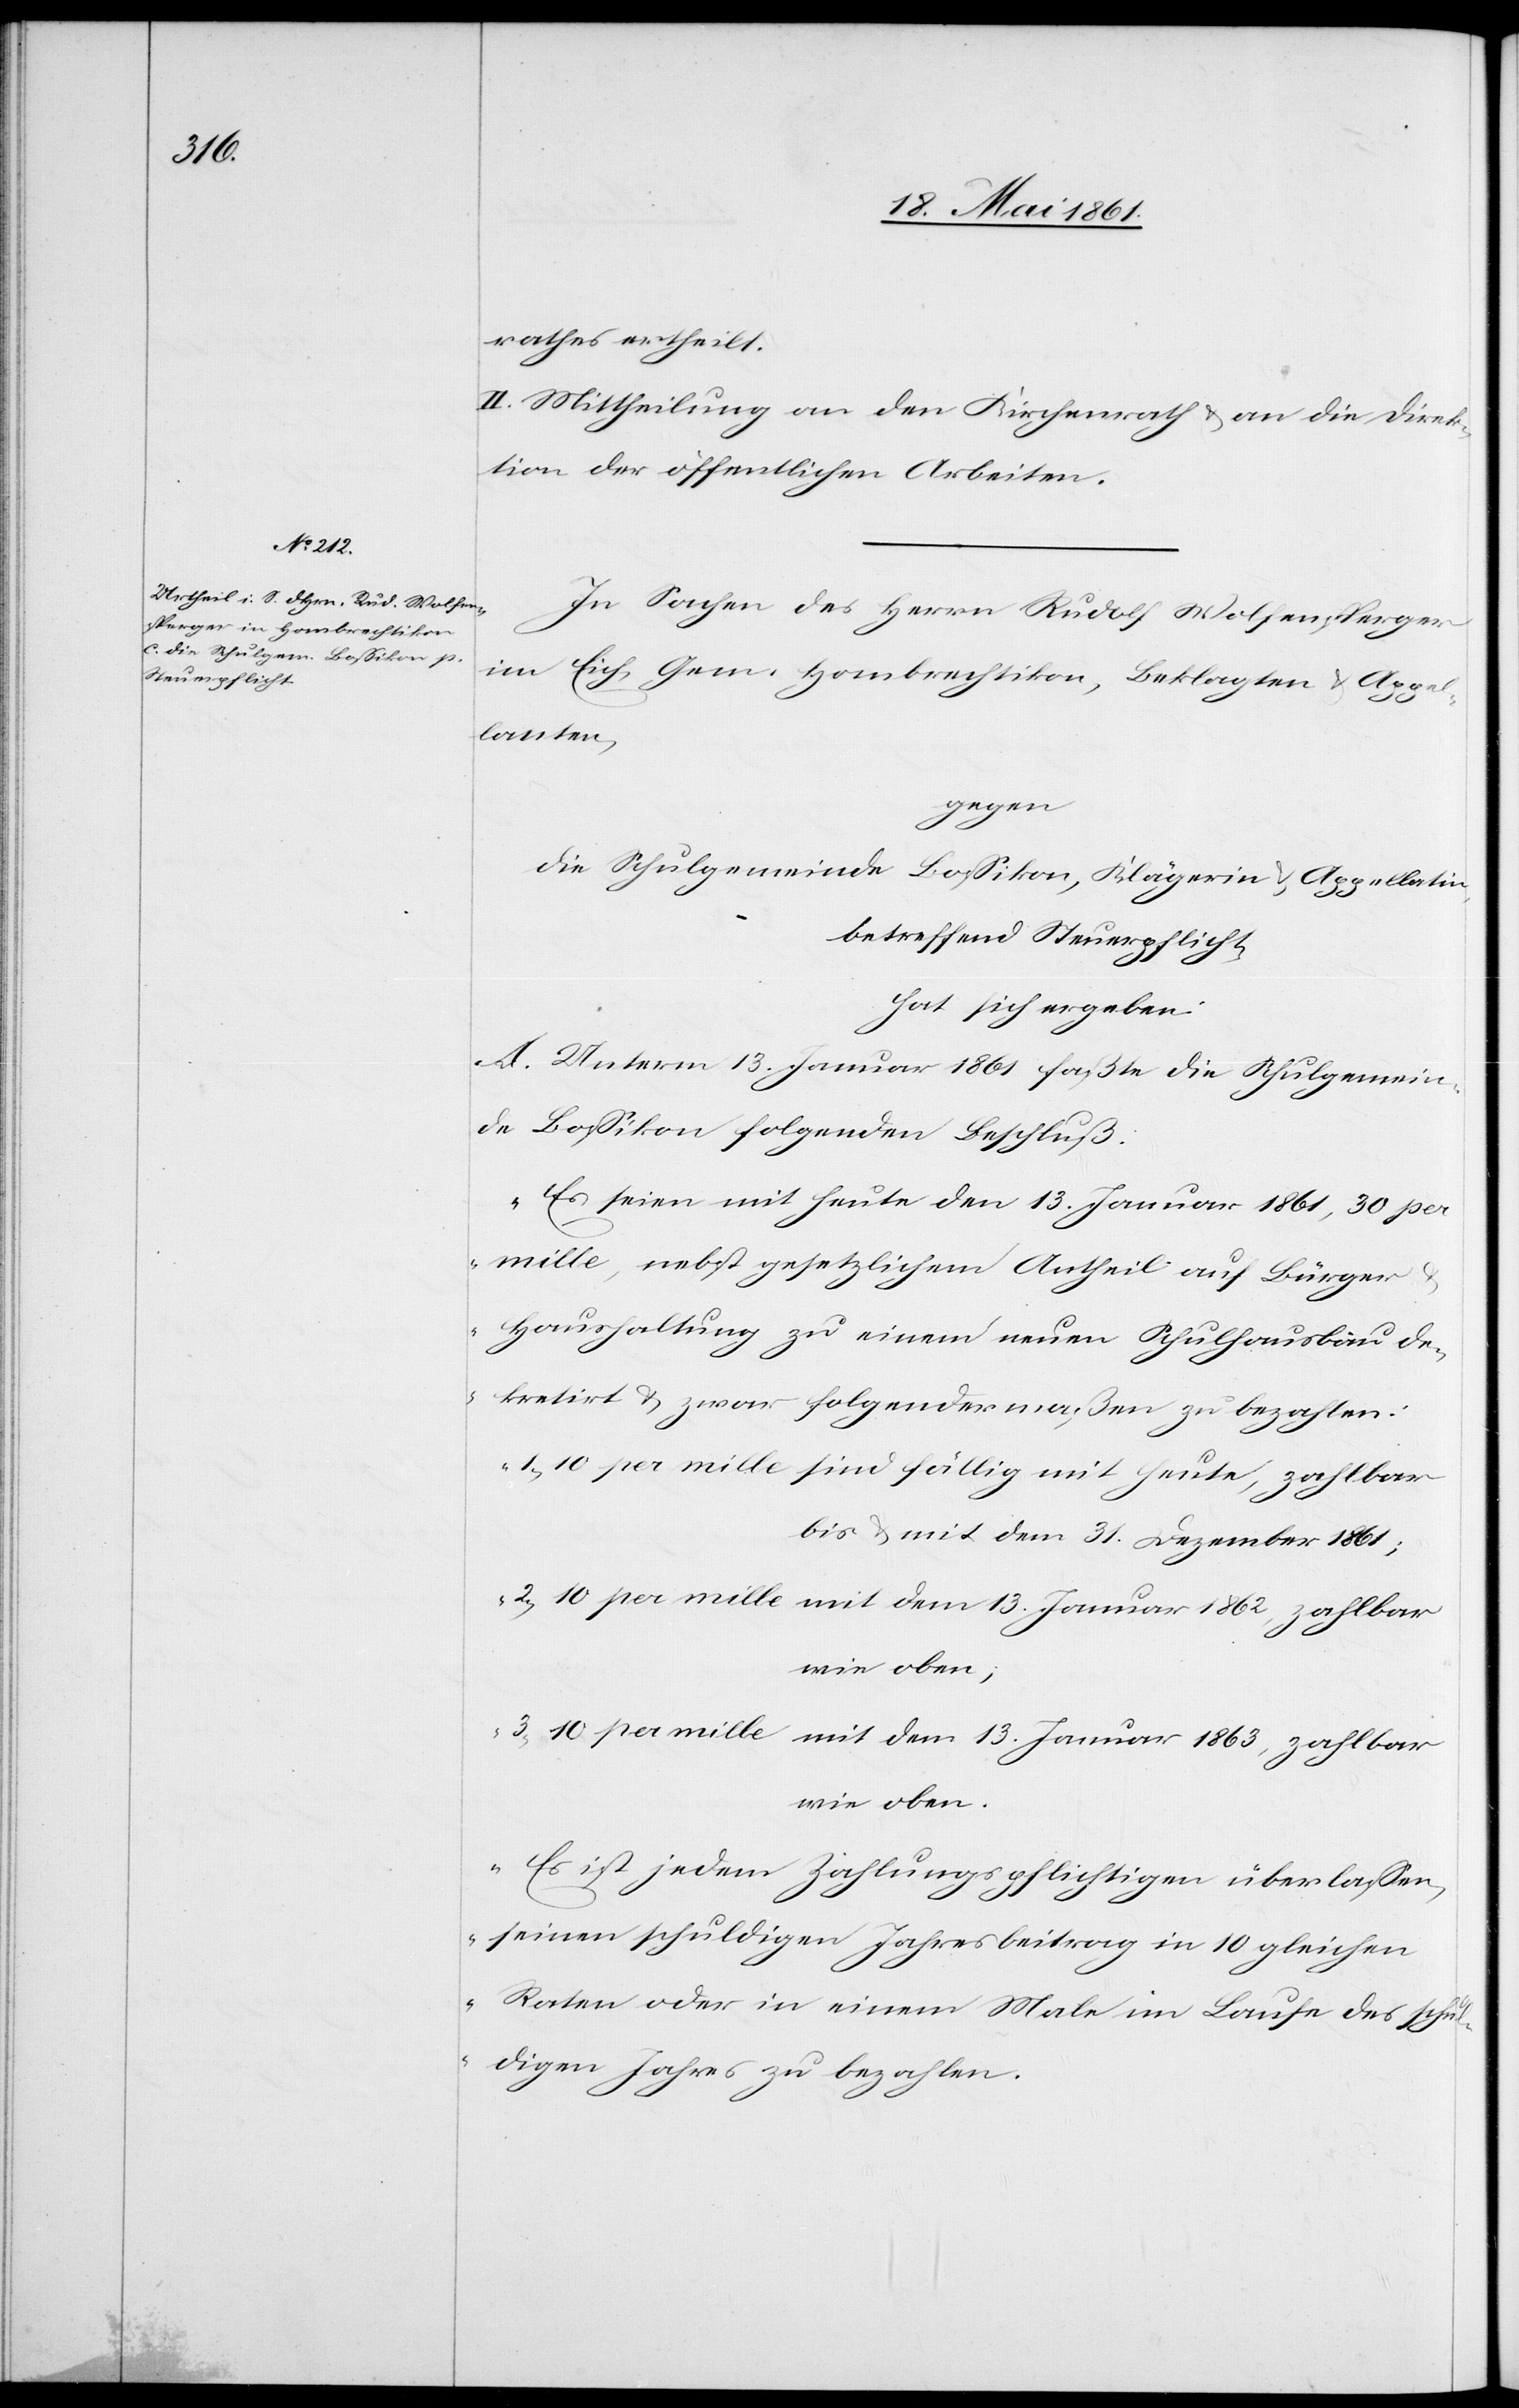
rathes ertheilt.
II. Mittheilung an den Kirchenrath u. an die Direk¬
tion der öffentlichen Arbeiten.
In Sachen des Herrn Rudolf Wolfensperger
im Eich, Gem. Hombrechtikon, Beklagten u. Appel¬
lanten,
die Schulgemeinde Bossikon, Klägerin u. Appellatin,
betreffend Steuerpflicht,
hat sich ergeben:
A. Unterm 13. Januar 1861 faßte die Schulgemein¬
de Bossikon folgenden Beschluß:
„Es seien mit heute den 13. Januar 1861, 30 per
mille, nebst gesetzlichem Antheil auf Bürger
Haushaltung zu einem neuen Schulhausbau de¬
kretirt u. zwar folgendermaßen zu bezahlen:
1) 10 per mille sind fällig mit heute, zahlbar
bis u. mit dem 31. Dezember 1861;
2) 10 per mille mit dem 13. Januar 1862, zahlbar
wie oben,
3) 10 per mille mit dem 13. Januar 1863, zahlbar
wie oben.
Es ist jedem Zahlungspflichtigen überlassen,
einen schuldigen Jahresbeitrag in 10 gleichen
Raten oder in einem Male im Laufe des schul¬
digen Jahres zu bezahlen.